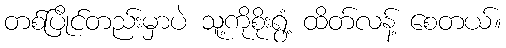
တစ်ပြိုင်တည်းမှာပဲ သူ့ကိုစိုးရွံ့ ထိတ်လန့် စေတယ်။